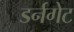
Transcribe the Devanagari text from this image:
डर्नगेट